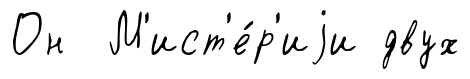
Он М'ист'е́р'иjи двух